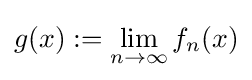
g(x):=\lim _{n\to \infty }f_{n}(x)